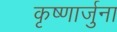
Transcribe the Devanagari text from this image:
कृष्णार्जुना